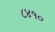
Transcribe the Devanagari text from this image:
८४१०